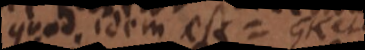
quod idem est GK